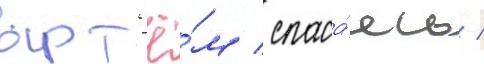
арт'ё́м / спаса́ясь /